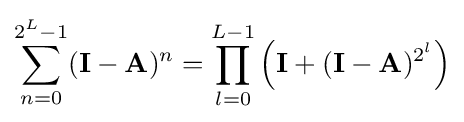
\sum _{n=0}^{2^{L}-1}(\mathbf {I} -\mathbf {A} )^{n}=\prod _{l=0}^{L-1}\left(\mathbf {I} +(\mathbf {I} -\mathbf {A} )^{2^{l}}\right)